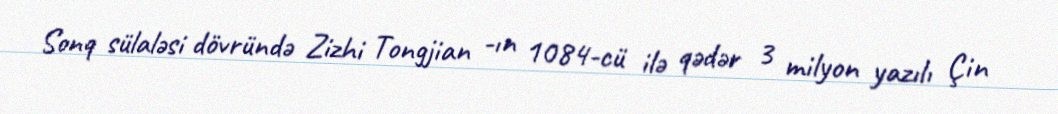
Sonq sülaləsi dövründə Zizhi Tongjian -ın 1084-cü ilə qədər 3 milyon yazılı Çin